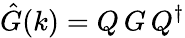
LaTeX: \hat{G}(k)=Q\, G\, Q^{\dagger}